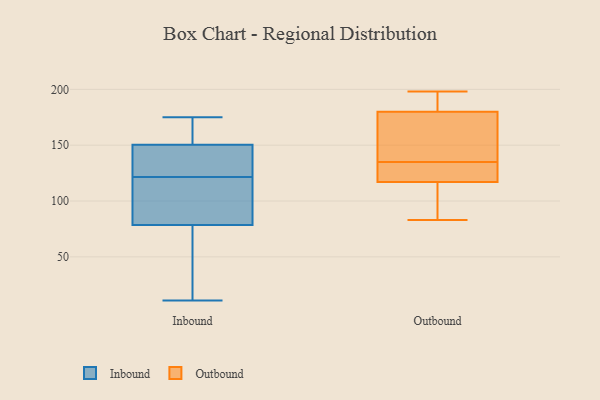
{"axis": {"x": "Customer Acquisition Cost (USD)", "y": "Value"}, "legend": ["Inbound", "Outbound"], "data": [{"x": "", "y": 84, "type": "Inbound"}, {"x": "", "y": 74, "type": "Inbound"}, {"x": "", "y": 175, "type": "Inbound"}, {"x": "", "y": 165, "type": "Inbound"}, {"x": "", "y": 155, "type": "Inbound"}, {"x": "", "y": 111, "type": "Inbound"}, {"x": "", "y": 96, "type": "Inbound"}, {"x": "", "y": 83, "type": "Inbound"}, {"x": "", "y": 151, "type": "Inbound"}, {"x": "", "y": 54, "type": "Inbound"}, {"x": "", "y": 148, "type": "Inbound"}, {"x": "", "y": 135, "type": "Inbound"}, {"x": "", "y": 132, "type": "Inbound"}, {"x": "", "y": 62, "type": "Inbound"}, {"x": "", "y": 150, "type": "Inbound"}, {"x": "", "y": 11, "type": "Inbound"}, {"x": "", "y": 137, "type": "Outbound"}, {"x": "", "y": 147, "type": "Outbound"}, {"x": "", "y": 120, "type": "Outbound"}, {"x": "", "y": 180, "type": "Outbound"}, {"x": "", "y": 83, "type": "Outbound"}, {"x": "", "y": 96, "type": "Outbound"}, {"x": "", "y": 133, "type": "Outbound"}, {"x": "", "y": 190, "type": "Outbound"}, {"x": "", "y": 198, "type": "Outbound"}, {"x": "", "y": 117, "type": "Outbound"}]}